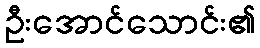
ဦးအောင်သောင်း၏